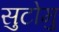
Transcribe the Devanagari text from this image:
सुटोमु